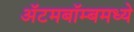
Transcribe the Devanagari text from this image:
अॅटमबॉम्बमध्ये